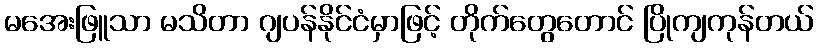
မအေးဖြူသာ မသိတာ ဂျပန်နိုင်ငံမှာဖြင့် တိုက်တွေတောင် ပြိုကျကုန်တယ်